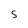
Character: S